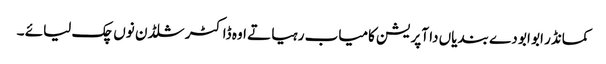
کمانڈر ابو ابو دے بندیاں دا آپریشن کامیاب رہیا تے اوہ ڈاکٹر شلڈن نوں چک لیائے ۔